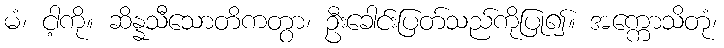
မံ၊ ငါ့ကို။ ဆိန္နသီသောတိကတွာ၊ ဦးခေါင်းပြတ်သည်ကိုပြု၍။ အက္ကောသိတုံ၊